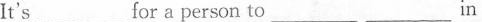
It's ___ for a person to ___ ___ in